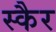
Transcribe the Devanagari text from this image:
स्कैर